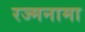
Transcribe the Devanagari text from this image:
रज्मनामा